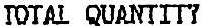
TOTAL QUANTITY